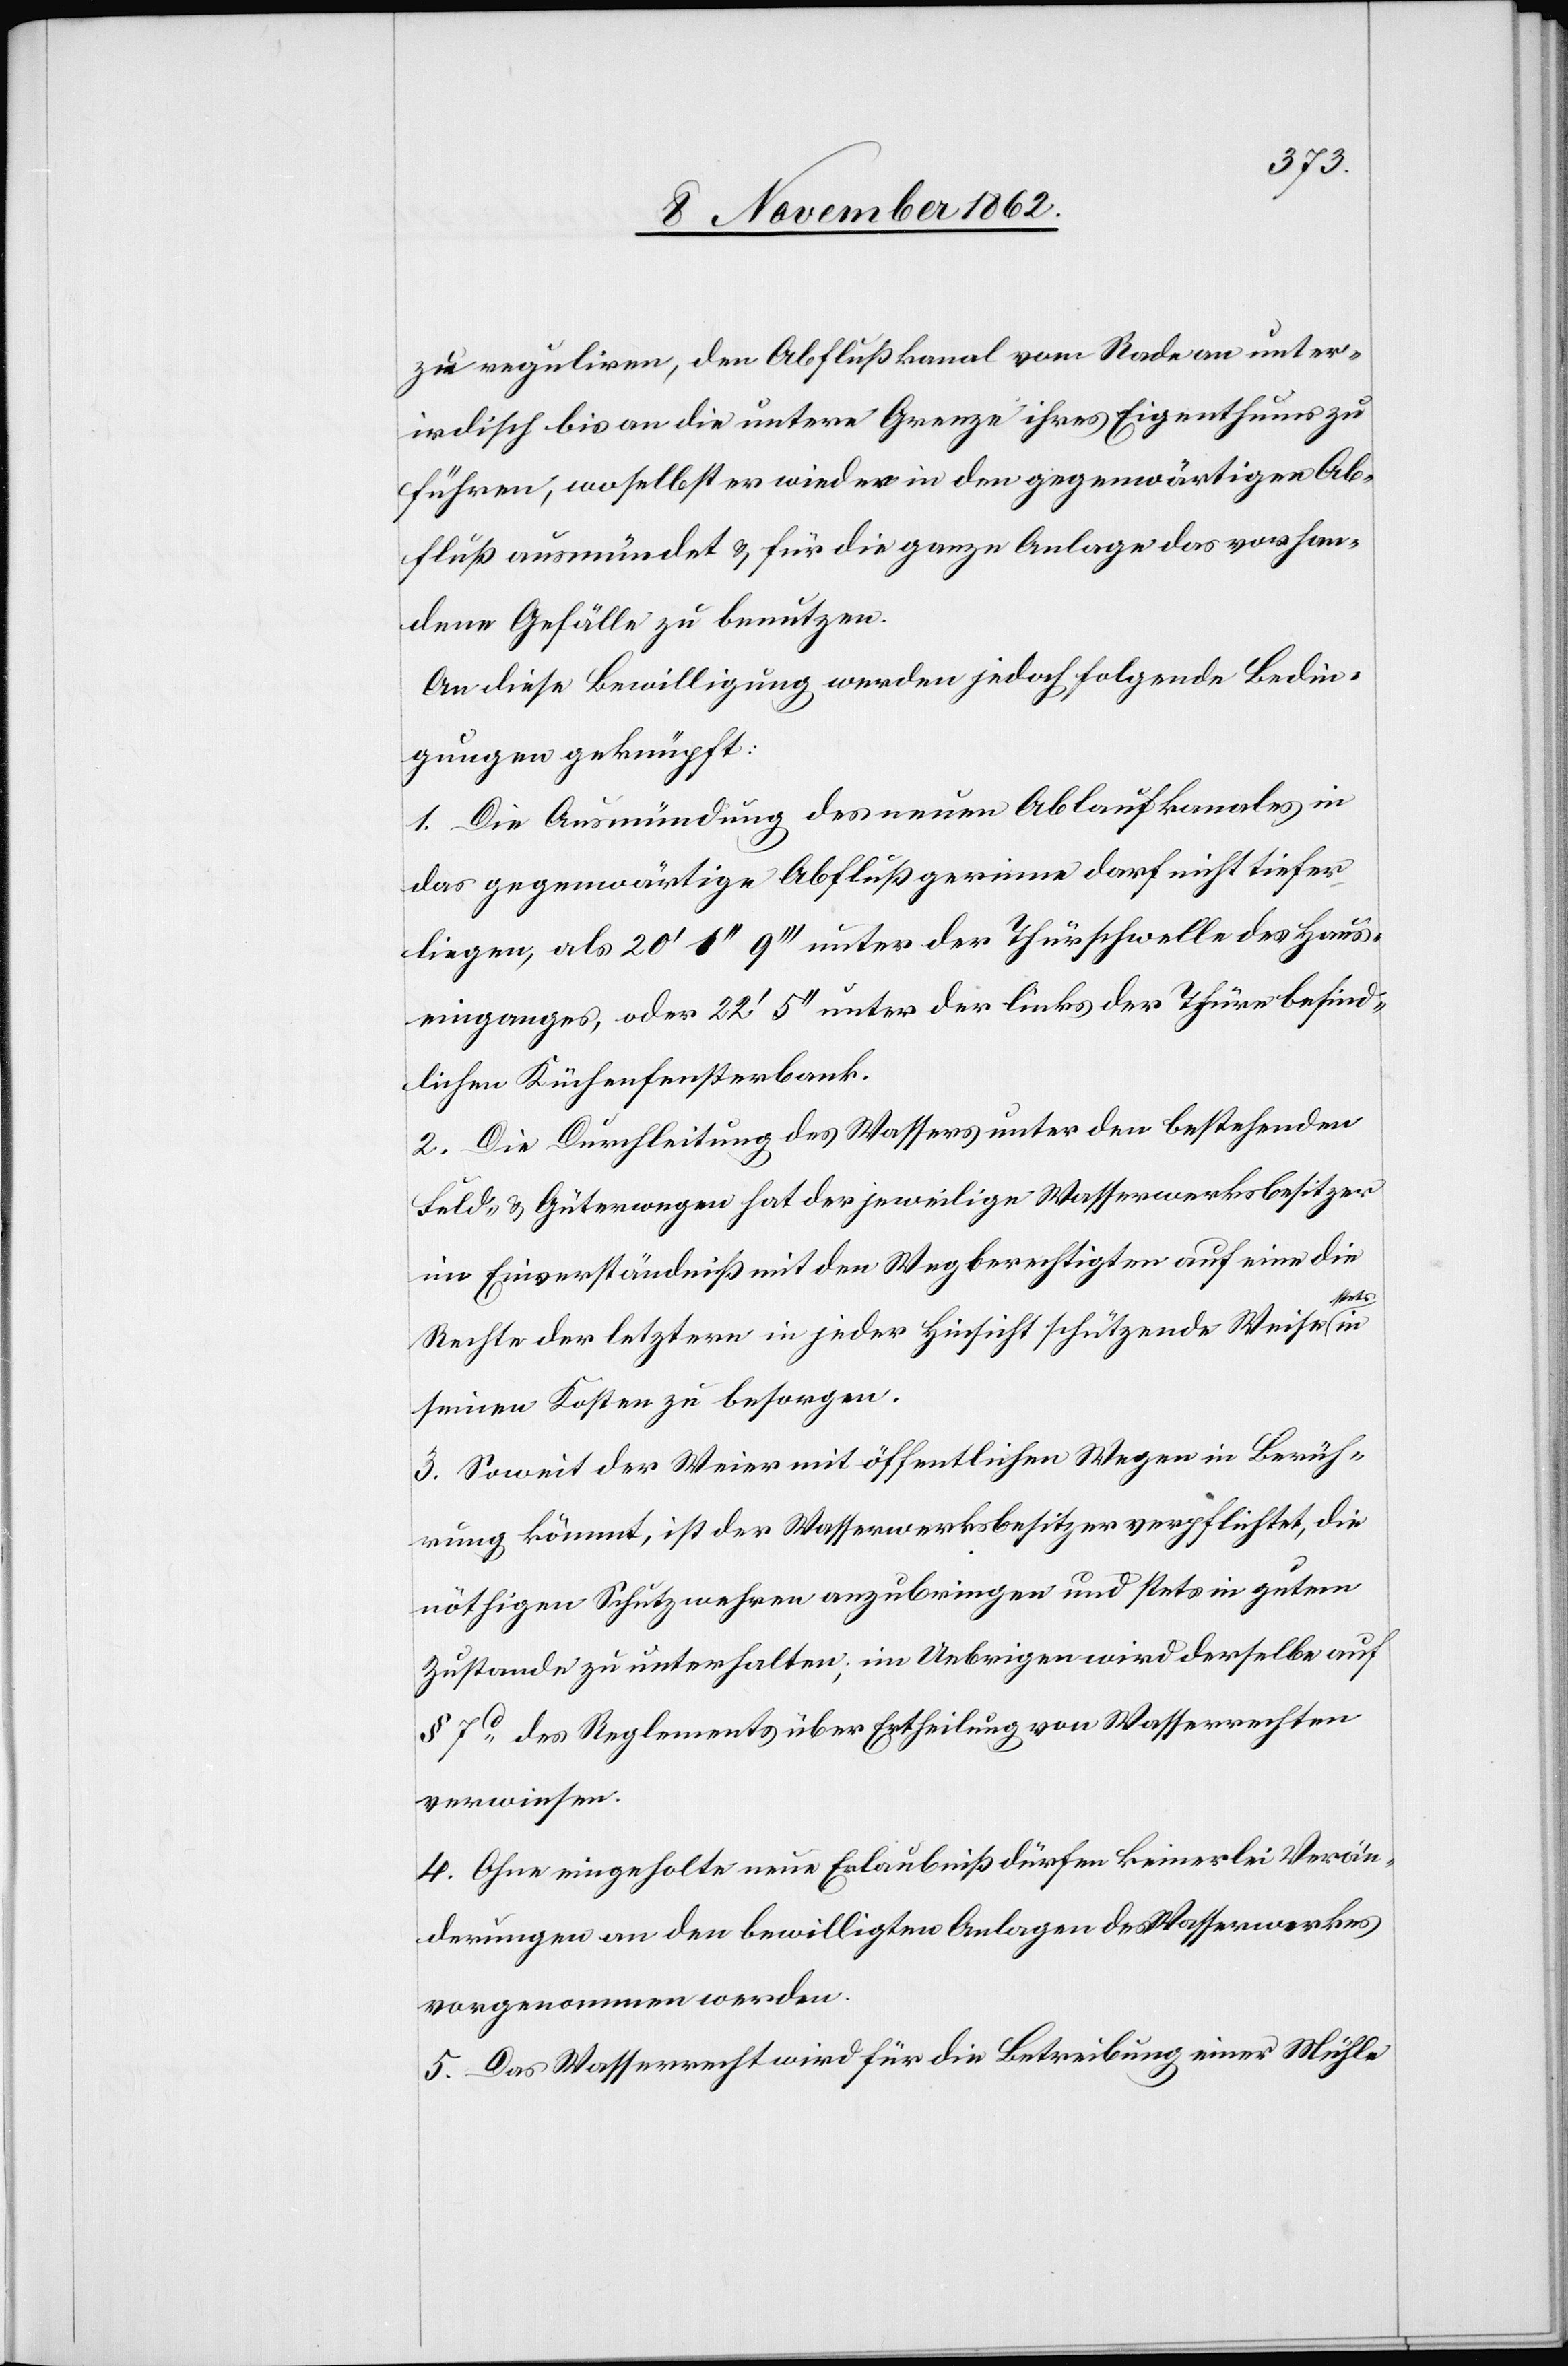
zu reguliren, den Abflußkanal vom Rade an unter¬
irdisch bis an die untere Grenze ihres Eigenthums zu
führen, wo selbst er wieder in den gegenwärtigen Ab¬
fluß ausmündet u. für die ganze Anlage das vorhan¬
dene Gefälle zu benutzen.
An diese Bewilligung werden jedoch folgende Bedin¬
gungen geknüpft:
1. Die Ausmündung des neuen Ablaufkanales in
das gegenwärtige Abflußgerinne darf nicht tiefer
liegen, als 20’ 0’’ 9’’’ unter der Thürschwelle des Haus¬
einganges, oder 22’ 5’’ unter der links der Thüre befind¬
lichen Küchenfensterbank.
2. Die Durchleitung des Wassers unter den bestehenden
Feld- u. Güterwegen hat der jeweilige Wasserwerksbesitzer
im Einverständniß mit dem Wegberechtigten auf eine die
tets
Rechte der letztern in jeder Hinsicht schützende Weise s¬
seinen Kosten zu besorgen.
3. Soweit der Weier mit öffentlichen Wegen in Berüh¬
rung kömmt, ist der Wasserwerksbesitzer verpflichtet, die
nöthigen Schutzwehre anzubringen und stets in gutem
Zustande zu unterhalten; im Uebrigen wird derselbe auf
§ 7d des Reglements über Ertheilung von Wasserrechten
verwiesen.
4. Ohne eingeholte neue Erlaubniß dürfen keinerlei Verän¬
derungen an den bewilligten Anlagen des Wasserwerkes
vorgenommen werden.
5. Das Wasserrecht wird für die Betreibung einer Mühle